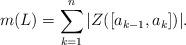
LaTeX: \begin{align*}m(L)=\sum_{k=1}^n|Z([a_{k-1},a_k])|.\end{align*}